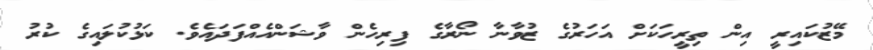
މޭޒުކައިރީ އިން ތިރީހަކަށް އަހަރުގެ ޒުވާނާ ނޯރާގެ ފިރިހެން ވާޝަންއެއްފަދައެވެ. ކަޅުކުލައިގެ ކުރު